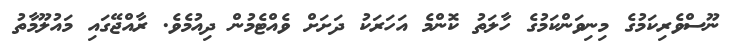
ނޫސްވެރިކަމުގެ މިނިވަންކަމުގެ ހާލަތު ކޮންމެ އަހަރަކު ދަށަށް ވެއްޓެމުން ދިއުމެވެ. ރާއްޖޭގައި މައުލޫމާތު